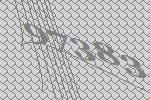
97383